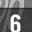
Digit: 6